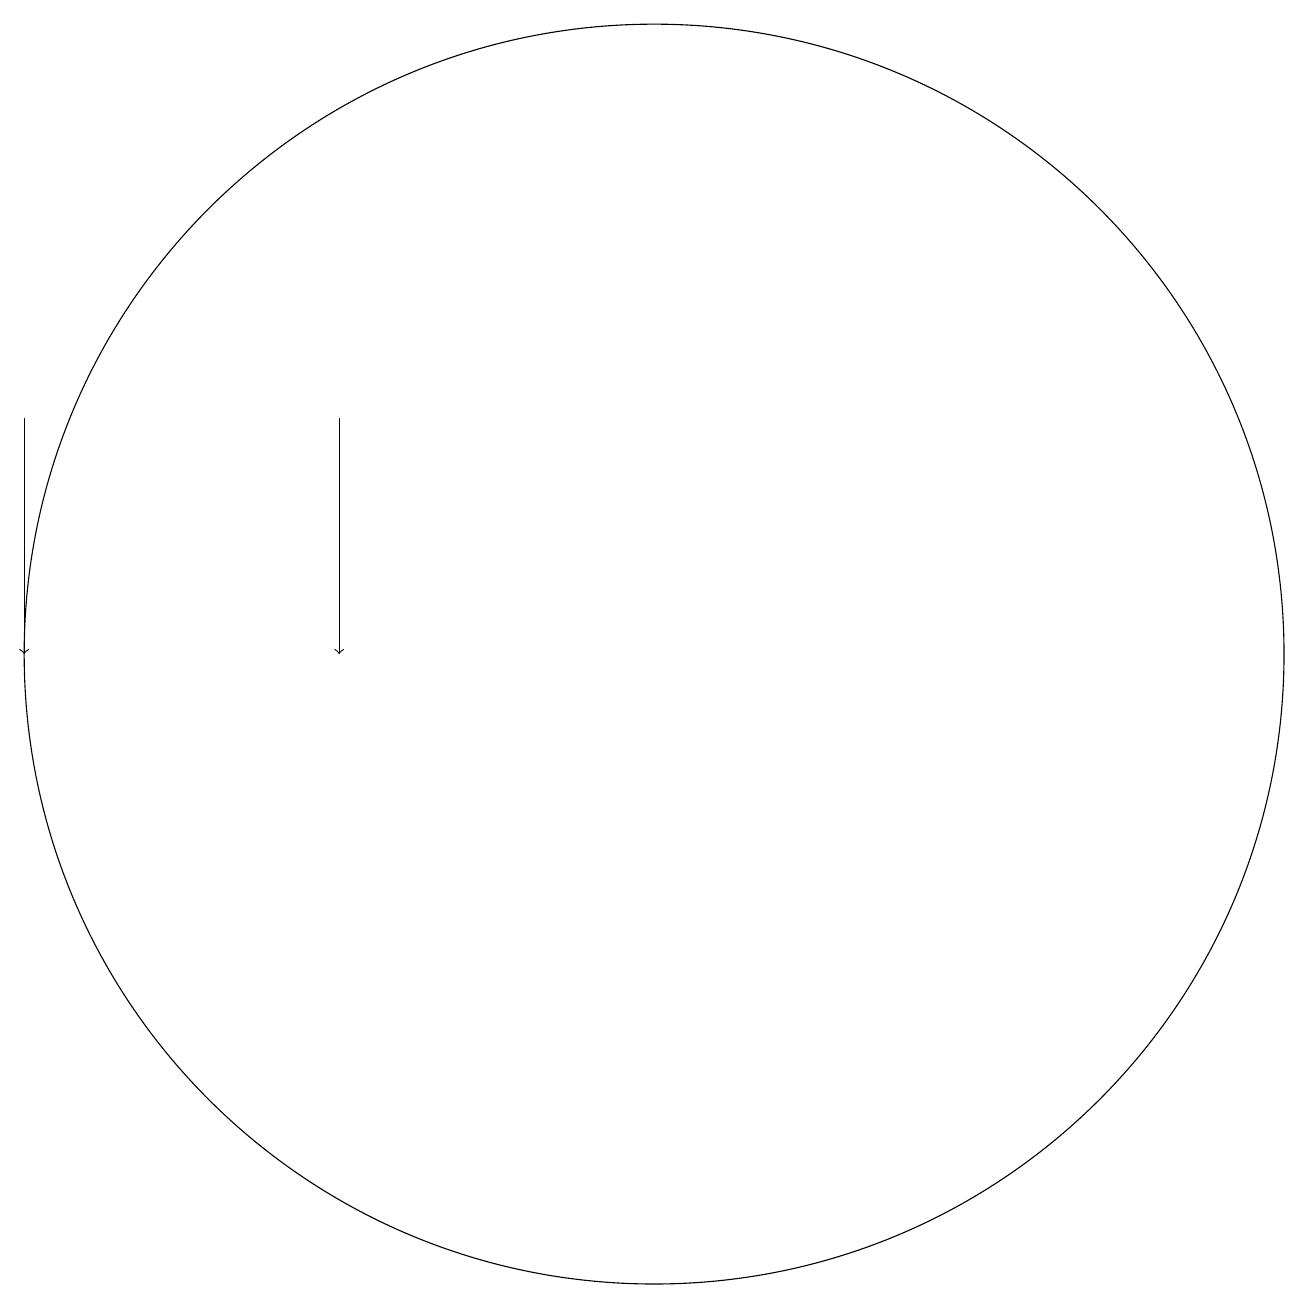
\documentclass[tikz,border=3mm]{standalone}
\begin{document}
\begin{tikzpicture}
\draw[->] (6,15) -- (6,12);
\draw (10,12) circle (8);
\draw[->] (2,15) -- (2,12);
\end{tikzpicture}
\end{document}